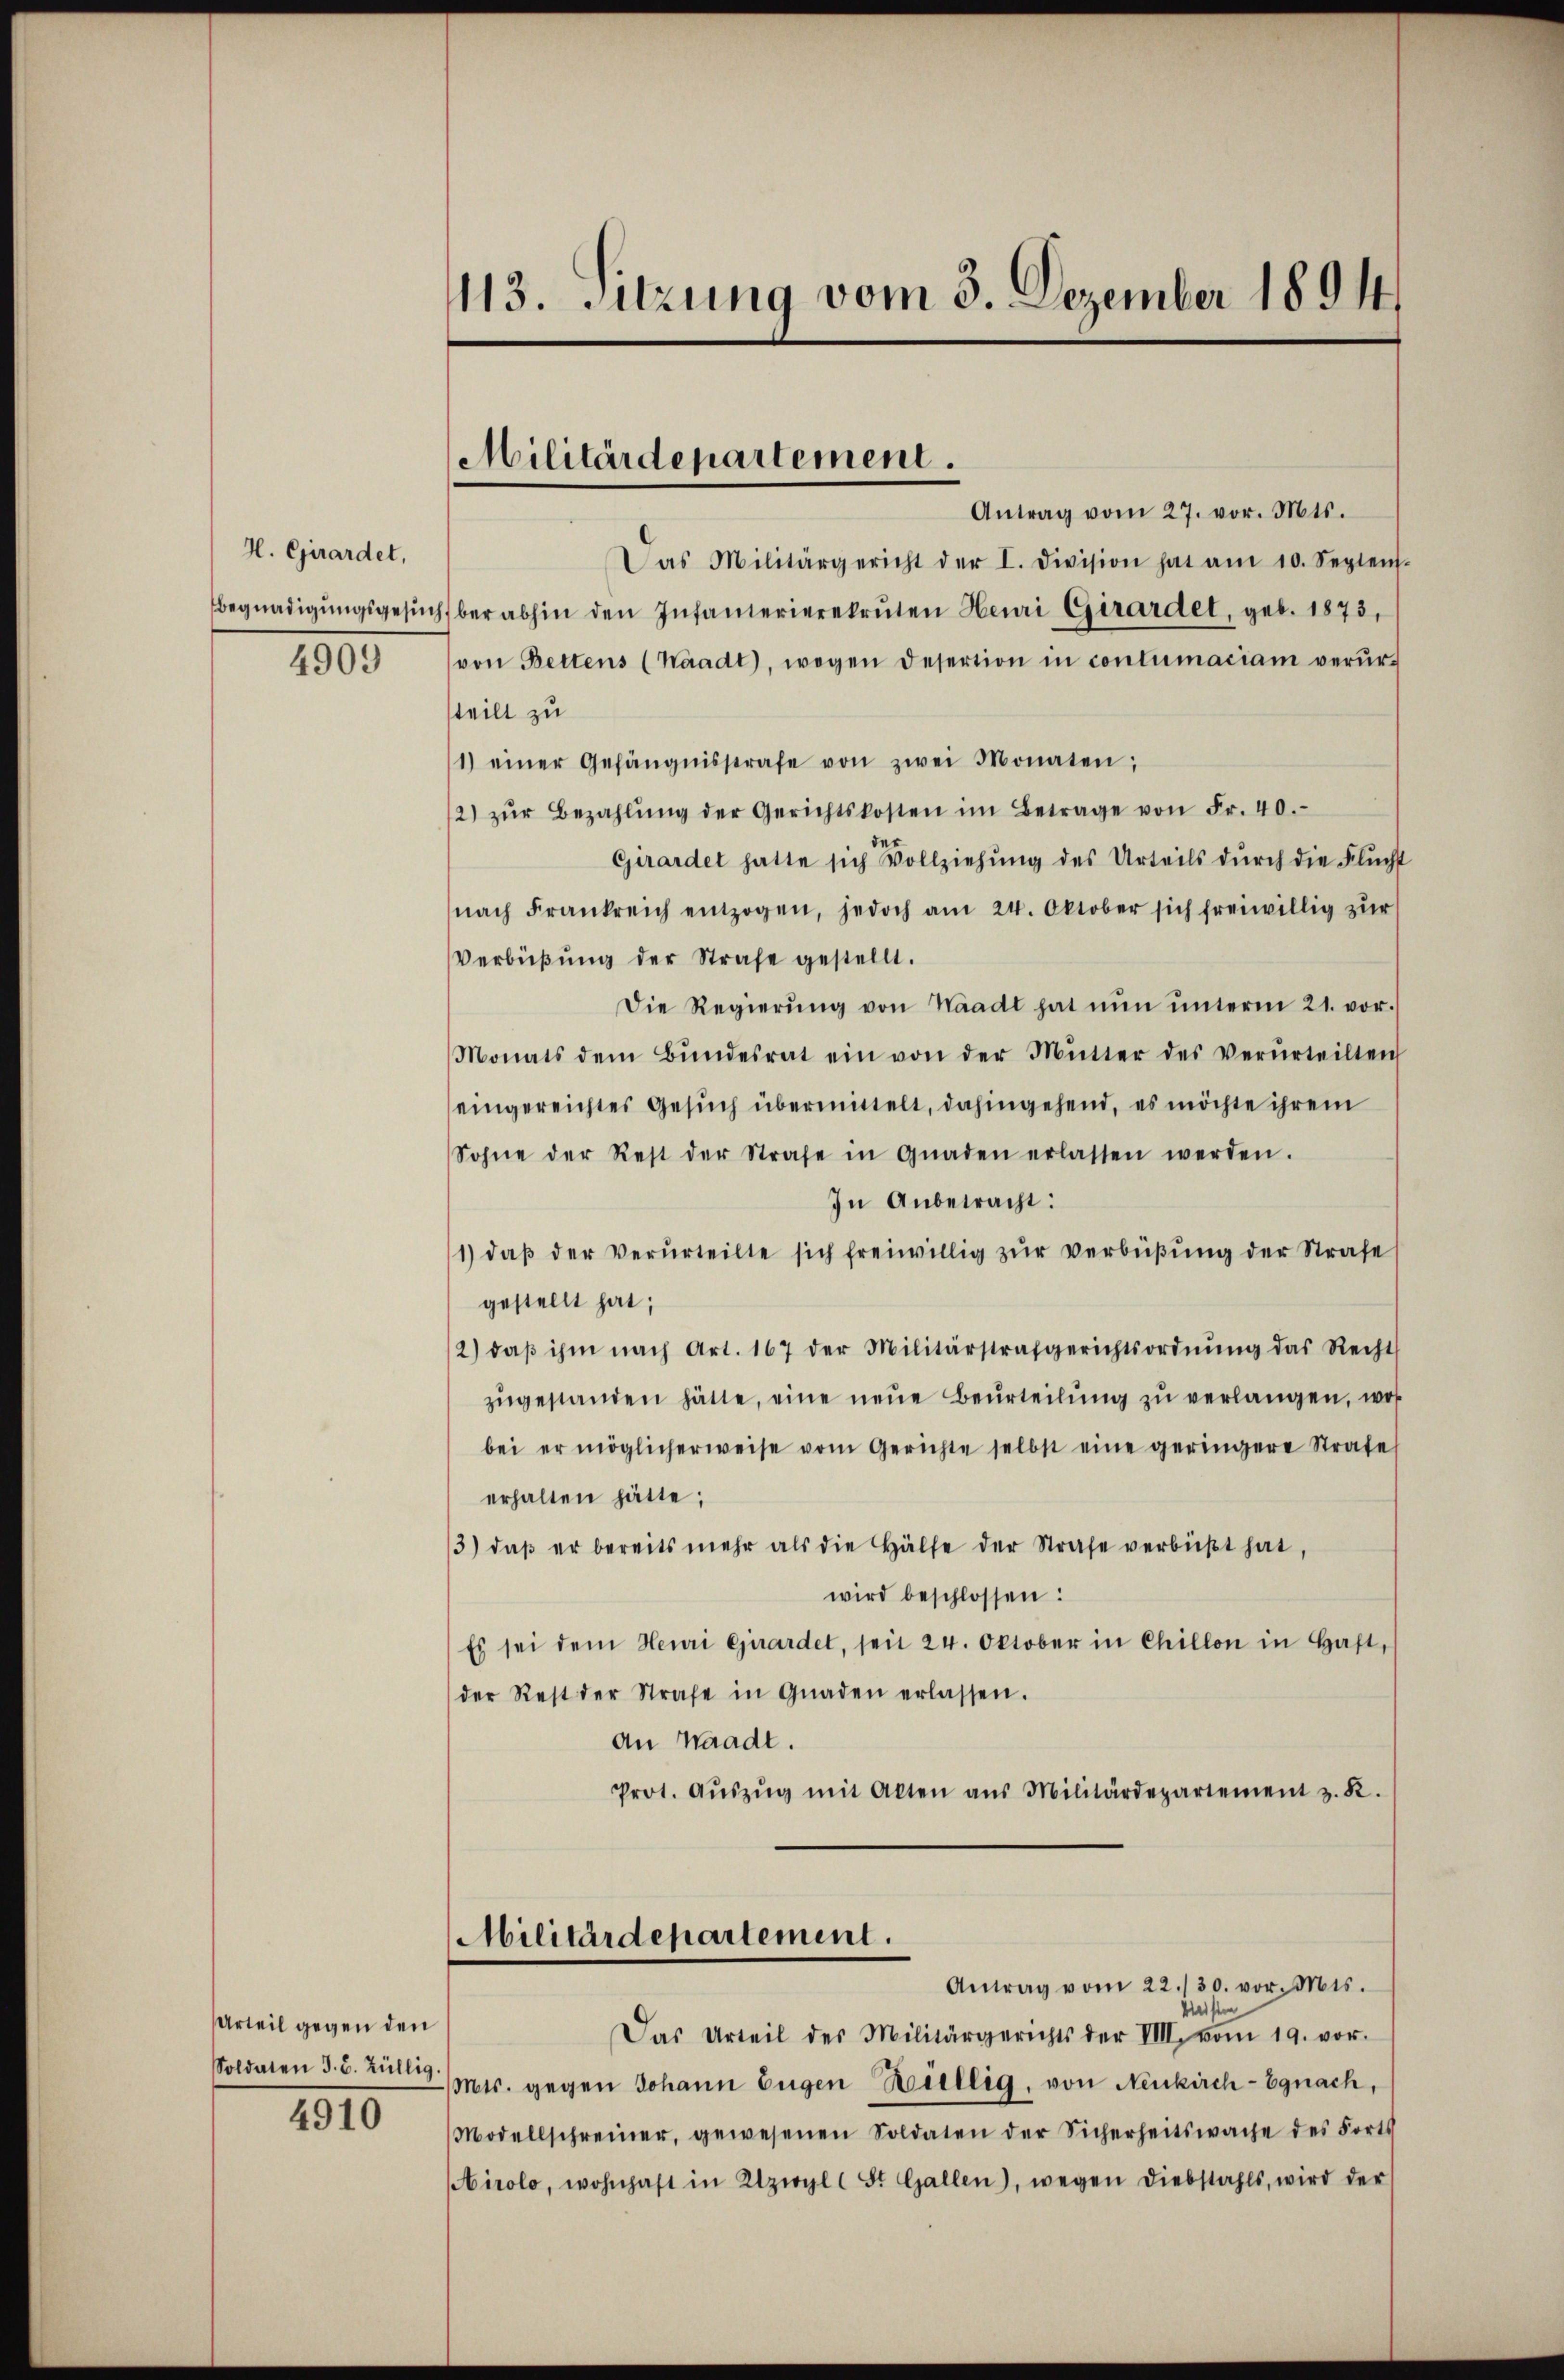
H. Girardet,
Begnadigungsgesuch

4909

Urteil gegen den
Soldaten J. B. Züllig.

4910

113. Sitzung vom 3. Dezember 1894

Militärdepartement.

Antrag vom 27. vor. Mts.
Das Militärgericht der I. Division hat am 10. Septen.
ber abhin den Infanterierekruten Henri Girardet, geb. 1873,
von Bettens (Waadt, wegen Desertion in contumaciam verurteilt zu
1) einer Gefängnisstrafe von zwei Monaten;
2) zŭr Bezahlŭng der Gerichtskosten im Betrage von Fr. 40.
de
Girardet hatte sich Vollziehung des Urteils durch die Flucht
nach Frankreich entzogen, jedoch am 24. Oktober sich freiwillig zŭr
Verbüβŭng der Strafe gestellt.
Die Regierŭng von Waadt hat nŭn ŭnterm 21. vor.
Monats dem Bŭndesrat ein von der Mŭtter des verurteilten
eingereichtes Gesuch übermittelt, dahingehend, es möchte ihrem
Sohne der Rest der Strafe in Gnaden erlassen werden.
In Anbetracht:
1) daβ der Verurteilte sich freiwillig zŭr Verbüßung der Strafe
gestellt hat;
2) daβ ihm nach Art. 167 der Militärstrafgerichtsordnŭng das Recht
zŭgestanden hätte, eine neue Beurteilung zu verlangen, was
bei er möglicherweise vom Gerichte selbst eine geringere Strafe
erhalten hätte;
3) daβ er bereits mehr als die Hälfe der Strafe verbüßt hat,
wird beschlossen:
Es sei dem Heuri Girardet, seit 24. Oktober in Chillon in Haft-
der Rest der Strafe in Gnaden erlassen.
an Waadt.
Prot. Aŭszŭg mit Alten aus Militärdepartement z. R.
Militärdepartement.
Antrag vom 22./30. vor. Mts.
kreisten
Das Urteil des Militärgerichts der VIII. vom 19. vor.
Mts. gegen Johann Eugen Bellig, von Neukirch- Egnach,
Modellschreiner, gewesenen Soldaten der Sicherheitswache des Forts
irolo, wohnhaft in Uzirgl (St. Gallen), wegen Diebstahls, wird der